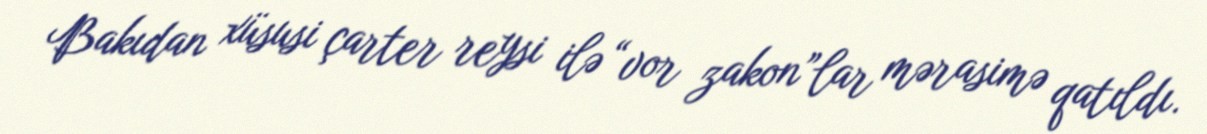
Bakıdan xüsusi çarter reysi ilə “vor zakon”lar mərasimə qatıldı.